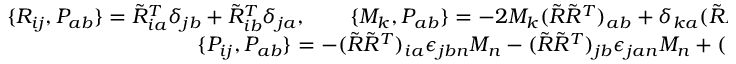
\begin{array} { r } { \{ R _ { i j } , P _ { a b } \} = \tilde { R } _ { i a } ^ { T } \delta _ { j b } + \tilde { R } _ { i b } ^ { T } \delta _ { j a } , \qquad \{ M _ { k } , P _ { a b } \} = - 2 M _ { k } ( \tilde { R } \tilde { R } ^ { T } ) _ { a b } + \delta _ { k a } ( \tilde { R } \tilde { R } ^ { T } { \bf M } ) _ { b } + \delta _ { k b } ( \tilde { R } \tilde { R } ^ { T } { \bf M } ) _ { a } , } \\ { \{ P _ { i j } , P _ { a b } \} = - ( \tilde { R } \tilde { R } ^ { T } ) _ { i a } \epsilon _ { j b n } M _ { n } - ( \tilde { R } \tilde { R } ^ { T } ) _ { j b } \epsilon _ { j a n } M _ { n } + ( a \leftrightarrow b ) . \qquad \qquad \qquad \qquad } \end{array}